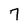
Character: 7